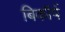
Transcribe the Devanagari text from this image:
बिकॉर्प